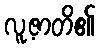
လူ့ဇာတိ၏